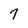
Character: 7